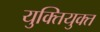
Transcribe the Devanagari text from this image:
युक्‍ितयुक्‍त